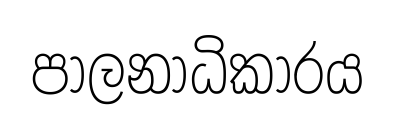
පාලනාධිකාරය